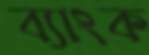
ব্যাংক